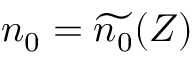
n _ { 0 } = \widetilde { n _ { 0 } } ( Z )